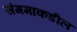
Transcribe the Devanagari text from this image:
संगमाकडील